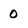
Character: O